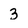
Character: 3